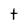
Character: t